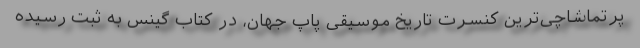
پرتماشاچی‌ترین کنسرت تاریخ موسیقی پاپ جهان، در کتاب گینس به ثبت رسیده